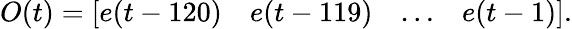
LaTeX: O(t)=\left[\begin{array}{llll}{e(t-120)}&{e(t-119)}&{\ldots}&{e(t-1)}\end{array}\right].